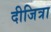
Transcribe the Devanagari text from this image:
दीजित्रा